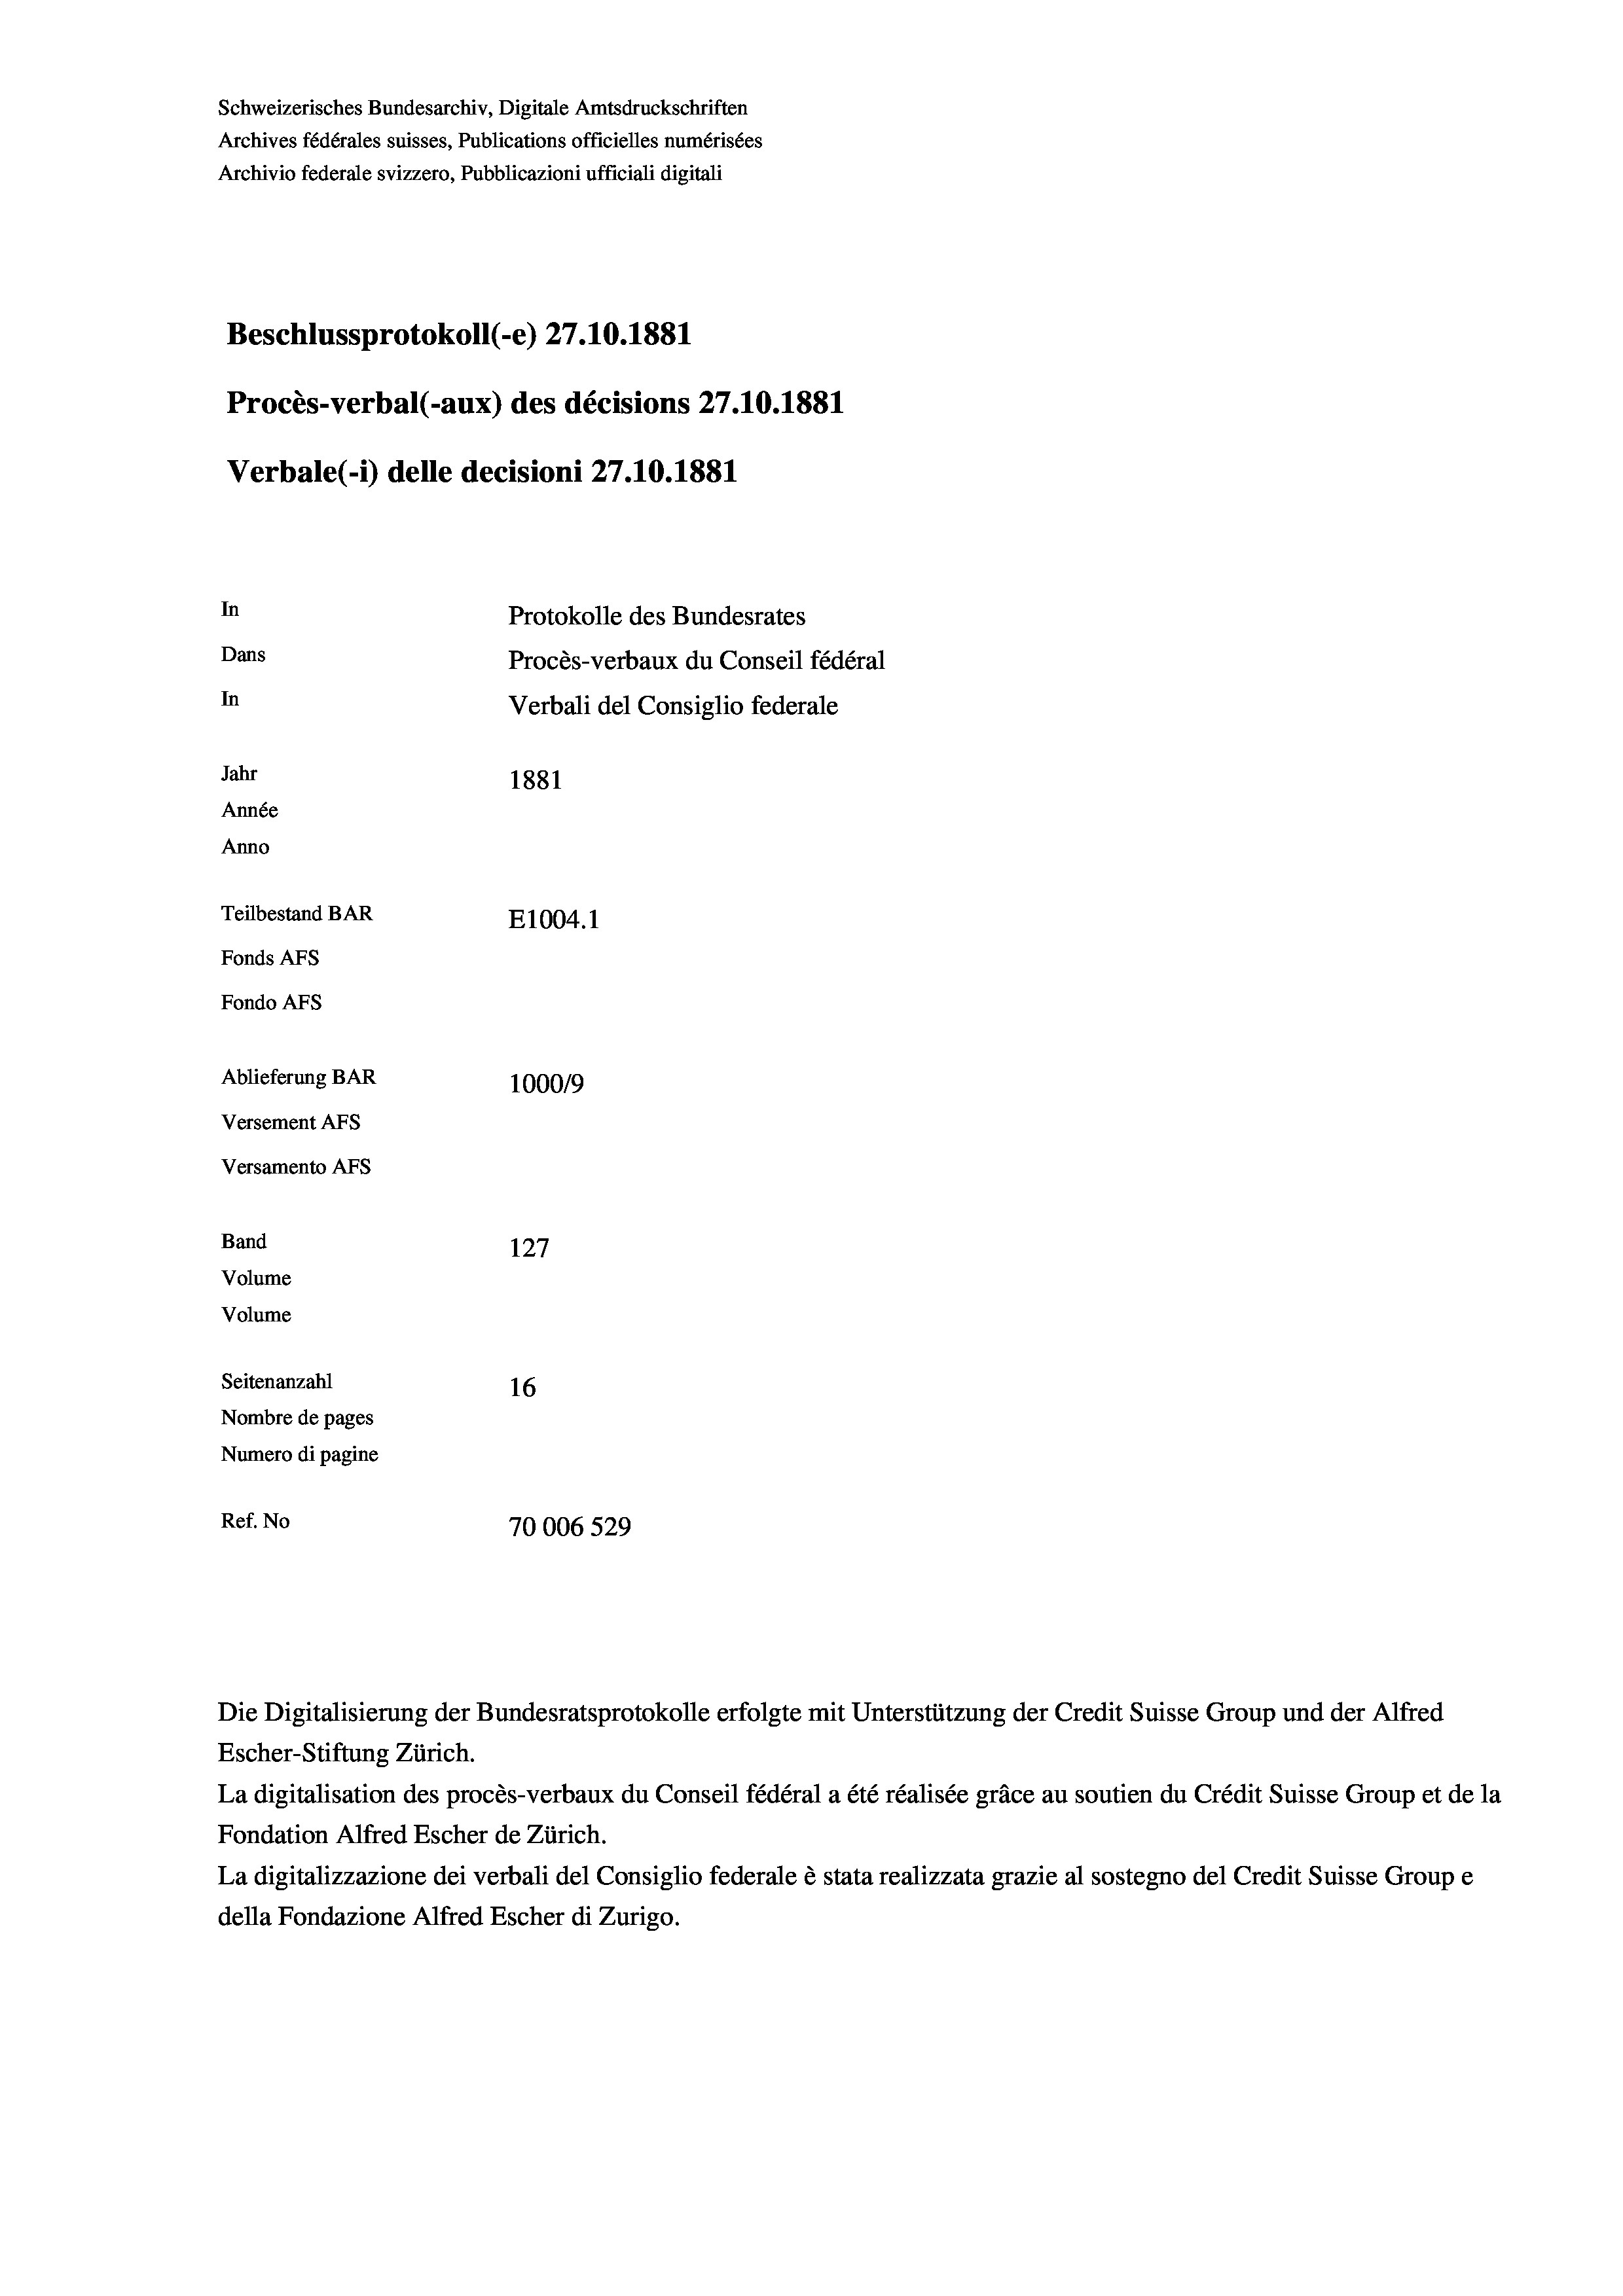
Schweizerisches Bundesarchiv, Digitale Amtsdruckschriften
Archives fédérales suisses, Publications officielles numérisées
Archivio federale svizzero, Pubblicazioni ufficiali digitali
Beschlussprotokoll (-e) 27.10.1881
Procès-verbal (-aux) des décisions 27.10.1881
Verbale (1) delle decisioni 27.10.1881
In
Protokolle des Bundesrates
Dans
Procès-verbaux du Conseil fédéral
In
Verbali del Consiglio federale
Jahr
1881
Année
Anno
Teilbestand BAR
E1004.1
Fonds Afs
Fondo AFs
Ablieferung BAR
1000/9
Versement Abs
Versamento AFs

Band

127
Volume
Volume
Seitenanzahl
16
Nombre de pages
Numero di pagine
Ref. No
70006 529

Die Digitalisierung der Bundesratsprotokolle erfolgte mit Unterstützung der Credit Suisse Group und der Alfred
Escher-Stiftung Zürich.
La digitalisation des procès-verbaux du Conseil fédéral a été réalisée gräce au soutien du Crédit Suisse Group et de la
Fondation Alfred Escher de Zürich.
La digitalizzazione dei verbali del Consiglio federale è stata realizzata grazie al sostegno del Credit Suisse Groupe
della Fondazione Alfred Escher di Zurigo.